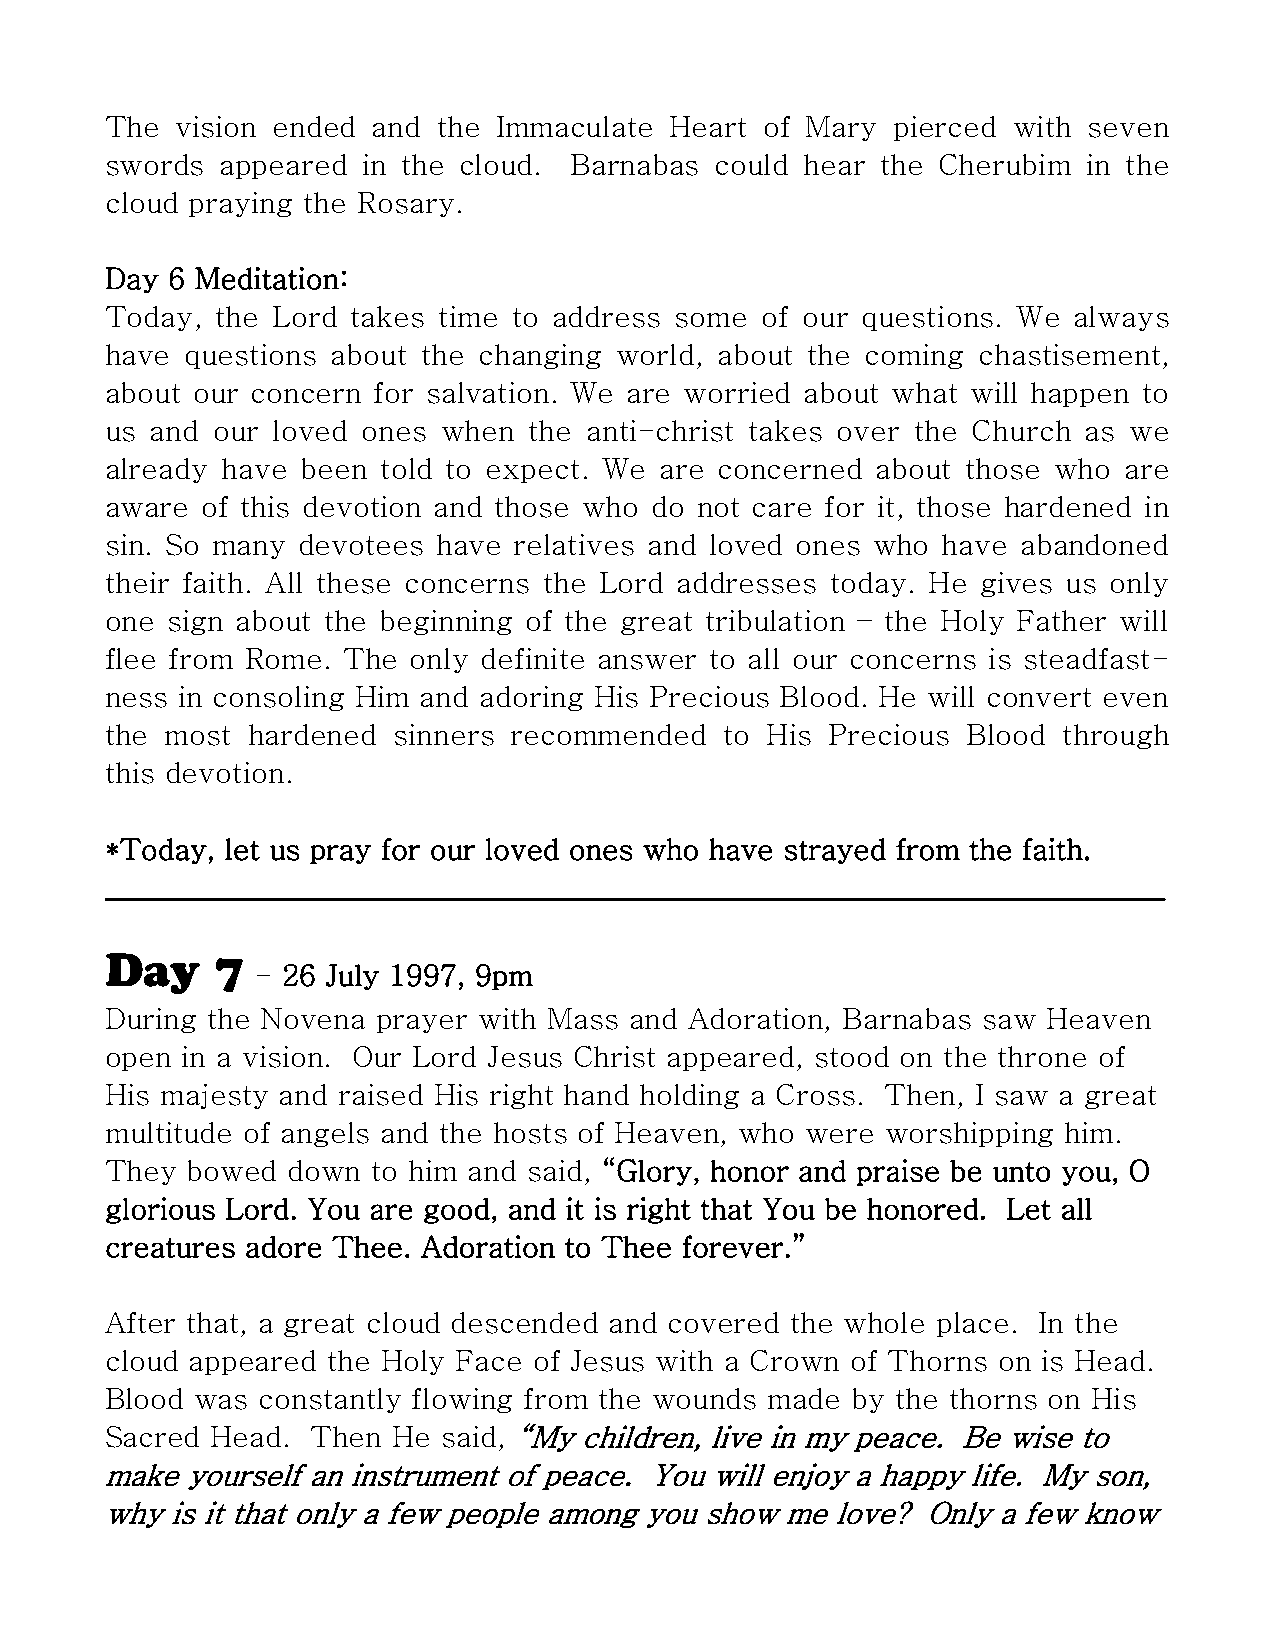
The  vision ended and the Immaculate Heart  of Mary pierced with seven
 swords  appeared in the cloud. Barnabas could hear the Cherubim  in the
 cloud praying the Rosary.
 Day 6 Meditation:
 Today, the Lord takes time to address some of our questions. We always
 have questions about the changing world, about the coming chastisement,
 about our concern for salvation. We are worried about what will happen to
 us and our loved ones when  the anti-christ takes over the Church as we
 already have been told to expect. We are concerned about those who are
 aware of this devotion and those who do not care for it, those hardened in
 sin. So many devotees have relatives and loved ones who have abandoned
 their faith. All these concerns the Lord addresses today. He gives us only
 one sign about the beginning of the great tribulation – the Holy Father will
 flee from Rome. The only definite answer to all our concerns is steadfast-
 ness in consoling Him and adoring His Precious Blood. He will convert even
 the most hardened  sinners recommended   to His Precious Blood through
 this devotion.
 *Today, let us pray for our loved ones who have strayed from the faith.
 __________________________________________________________________________
 Day    7
 - 26 July 1997, 9pm
 During the Novena prayer with Mass and Adoration, Barnabas saw Heaven
 open in a vision. Our Lord Jesus Christ appeared, stood on the throne of
 His majesty and raised His right hand holding a Cross. Then, I saw a great
 multitude of angels and the hosts of Heaven, who were worshipping him.
 They bowed  down  to him and said, “Glory, honor and praise be unto you, O
 glorious Lord. You are good, and it is right that You be honored. Let all
 creatures adore Thee. Adoration to Thee forever.”
 After that, a great cloud descended and covered the whole place. In the
 cloud appeared the Holy Face of Jesus with a Crown of Thorns on is Head.
 Blood was constantly flowing from the wounds made by the thorns on His
 Sacred Head.  Then He said, “My children, live in my peace. Be wise to
 make yourself an instrument of peace. You will enjoy a happy life. My son,
 why is it that only a few people among you show me love? Only a few know